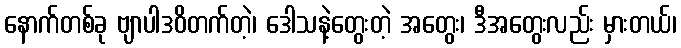
နောက်တစ်ခု ဗျာပါဒဝိတက်တဲ့၊ ဒေါသနဲ့တွေးတဲ့ အတွေး၊ ဒီအတွေးလည်း မှားတယ်၊